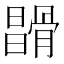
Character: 𩩪